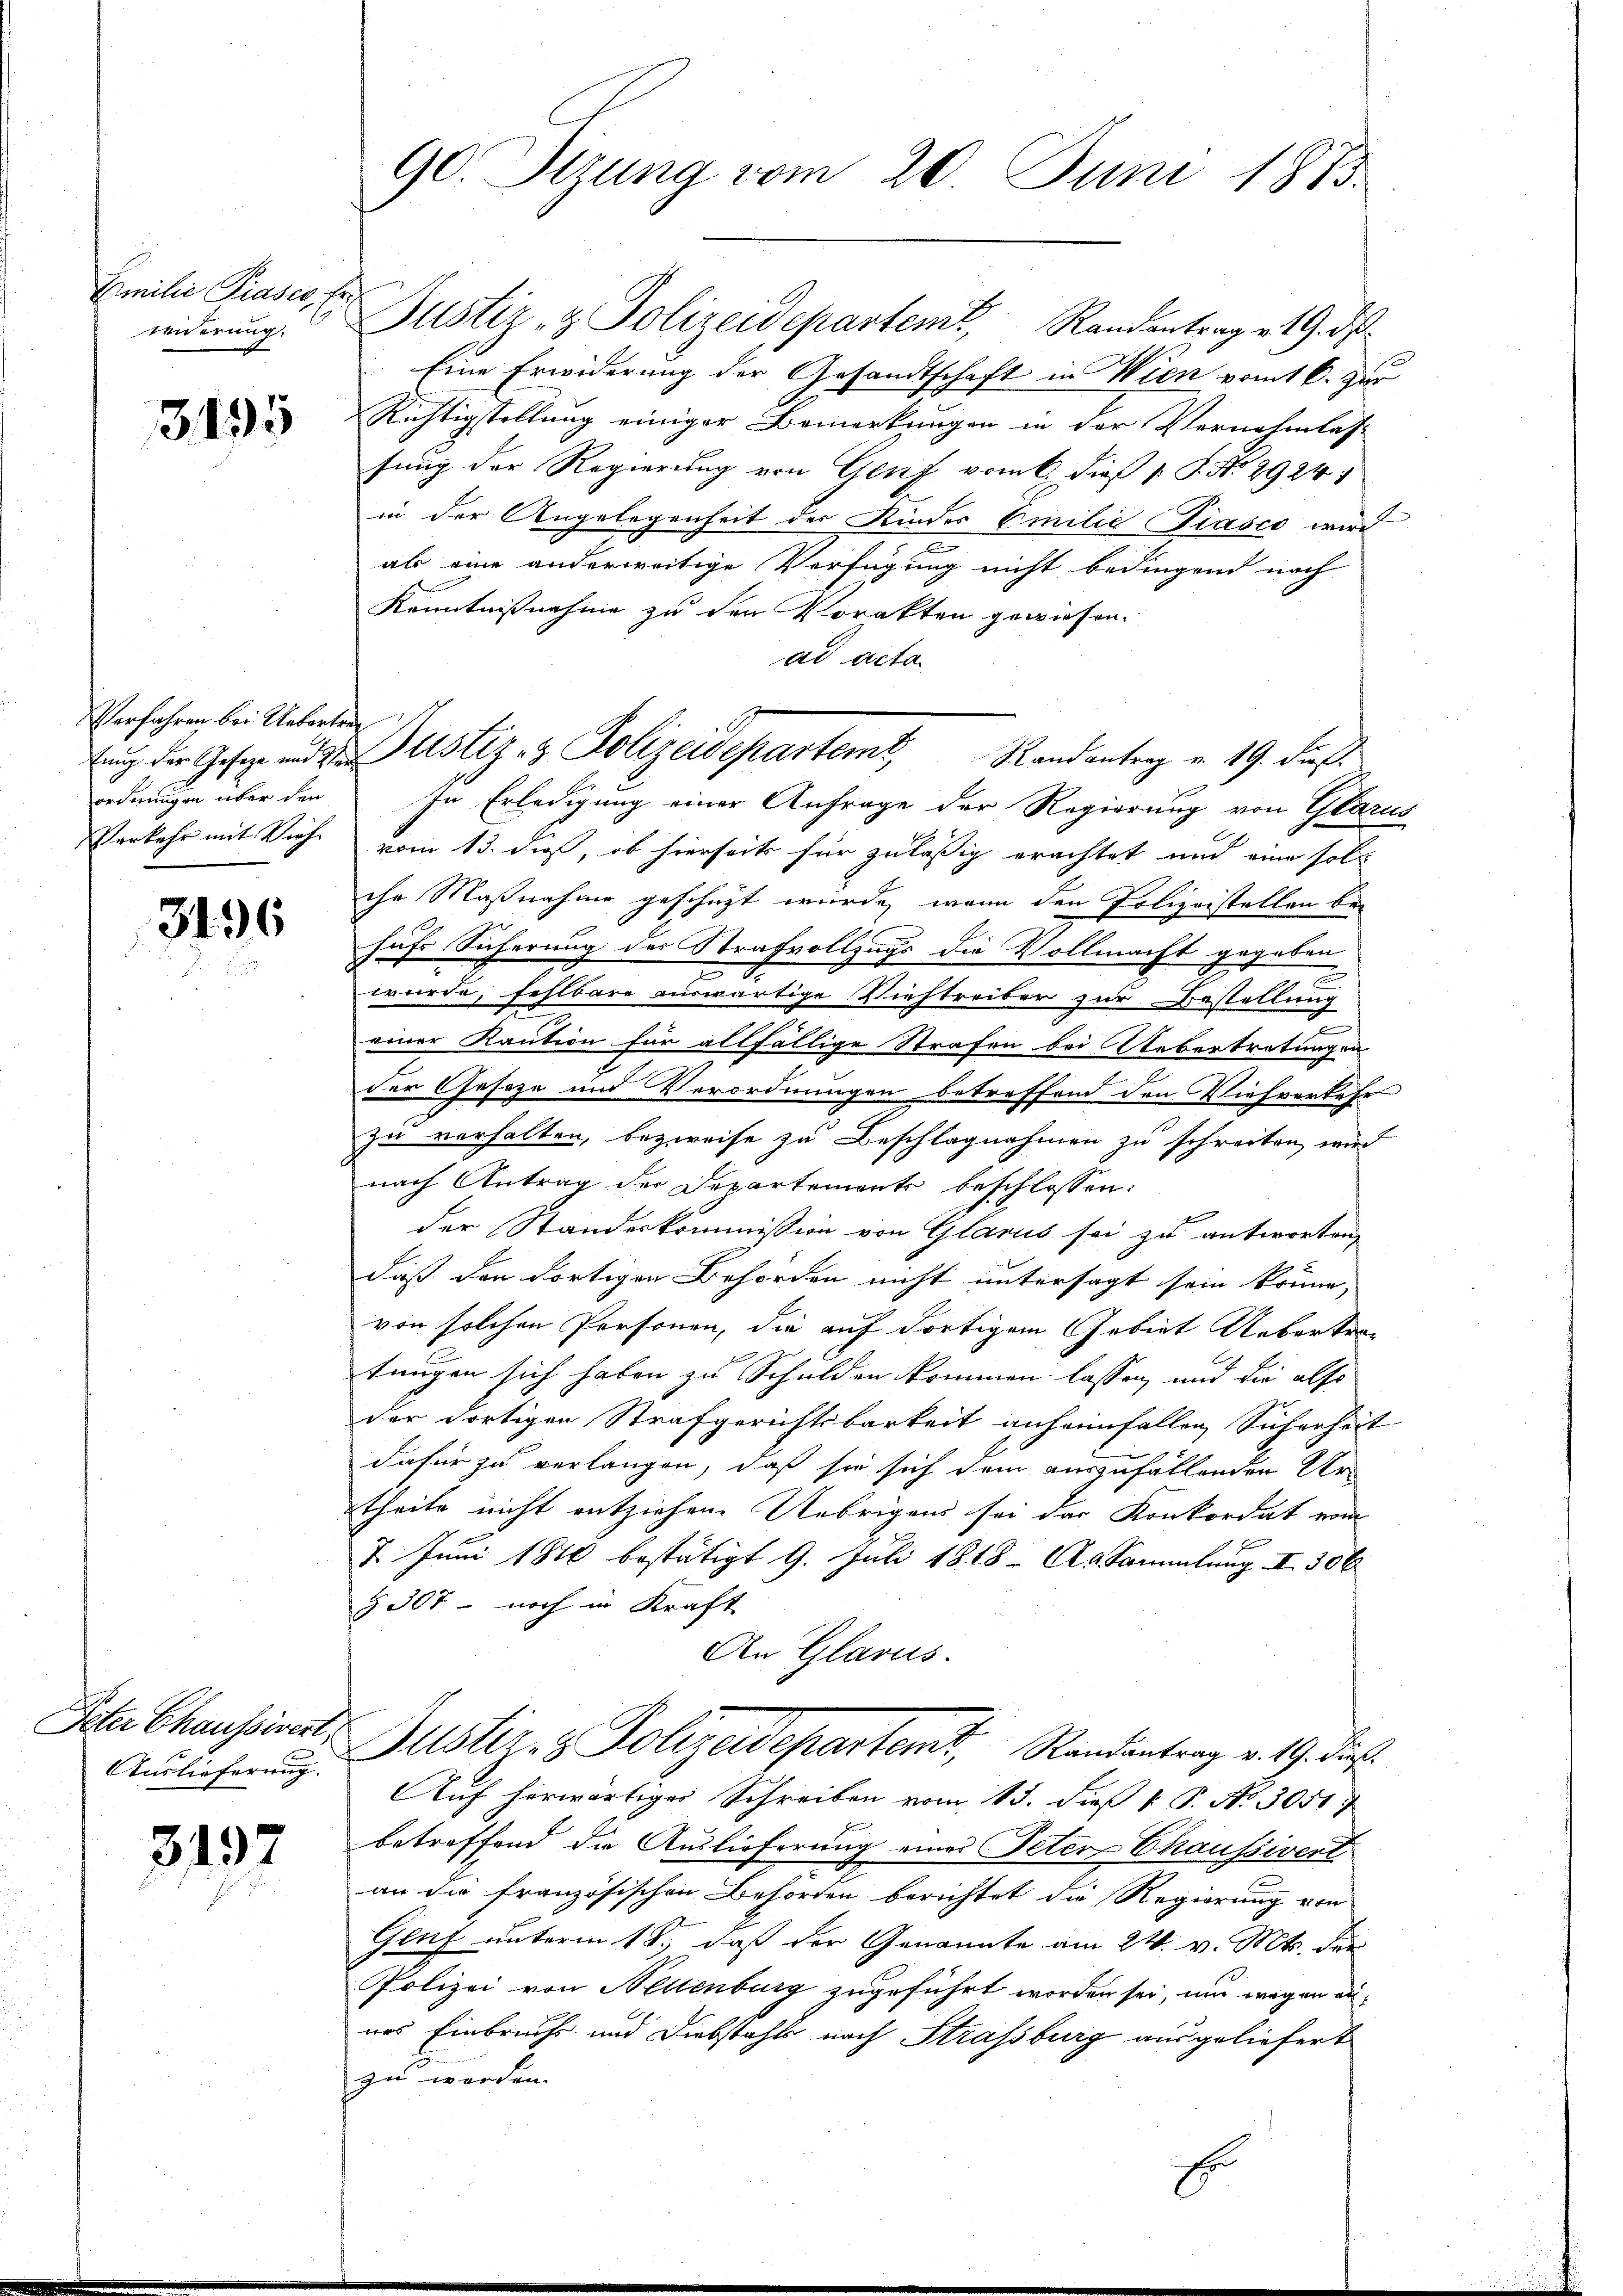
Emilie Praser, Erwiderung.

3495

Verfahren bei Uebertrag
ordnungen über den

3496

Auslieferung.

3197

90. Sitzung vom 20. Juni 1875.

Justiz- & Polizeidepartent, Randantrag v. 19. ds
Eine Erwiderung der Gesandtschaft in Wien komt k. zur
Richtigstellung einiger Bemerkungen in der Vernehmlass
sung der Regierung von Genf vom 6. dieß 1 S. Nr. 2924
in der Angelegenheit der Kindes Emilie Piasco wird
als eine anderweitige Verfügung nicht bedingend nach
Kenntnisnahme zu den Vorakten gewiesen.
ad acta
In Erledigung einer Anfrage der Regierung von Glarus
Verkehr mit Vieh vom 13. dieß, ob hierseits für zulässig erachtet und eine soll
che Maßnahme geschüzt wurde, wenn den Polizeistellen behufe Sicherung des Strafvollzugs die Vollmacht gegeben
n
wurde, fehlbare auswärtige Viehtreiber zur Bestellung
e
einer Kaution für allfällige Strafen bei Uebertretungen
der Geseze und Verordnungen betreffend den Viehverkehr
zu verhalten, bezweife zu Beschlagnahmen zu schreiten, wird
nach Antrag der Departements beschlossen:
e
der Standeskommission von Glarus sei zu antworten,
daß den dortigen Behörden nicht untersagt sein könne,
von solchen Personen, die auf dortigem Gebiet Uebertratungen sich haben zu Schulden kommen lassen, und die also
der dortigen Strafgerichtsbarkeit anheimfallen Sicherheit
dafür zu verlangen, daß sie sich dem auszufällenden Urtheile nicht entziehene Uebrigens sei das Konkordat vom
7. Juni 1840 bestätigt 9. Juli 1818. A. Sammlung II 306
§ 307 - noch in Kraft
An Glarus.
Sita Chaufswert. Justiz- & Polizeidepartemt, Randantrag v. 19. dies
Auf herwärtiger Schreiben vom 15. dieß v. P. No. 3051
betreffend die Auslieferung eines Peter Chaussivert
an die französischen Behörden berichtet die Regierung von
Geuf unterm 18., daß der Genannte am 24. v. Mts. der
Polizei von Sellenburg zugeführt worden sei, um wegen annes Einbruchs und Diebstahls nach Strassburg ausgeliefert
zu werden.
Er

tung der Gesetz und der Justiz- & Polizeidepartemt, Randantrag v. 19. dieß.